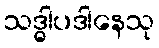
သဒ္ဓါပဒါနေသု